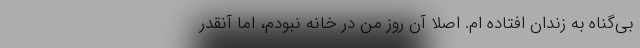
بی‌گناه به زندان افتاده ام. اصلاً آن روز من در خانه نبودم، اما آنقدر